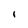
Character: I